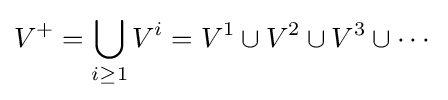
V^{+}=\bigcup _{i\geq 1}V^{i}=V^{1}\cup V^{2}\cup V^{3}\cup \cdots